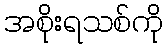
အစိုးရသစ်ကို